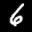
Label: 6